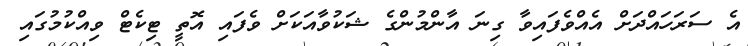
އެ ސަރަހައްދަށް އެއްވެފައިވާ ގިނަ އާންމުންގެ ޝަކުވާއަކަށް ވެފައި އޮތީ ޓިކެޓް ވިއްކުމުގައި